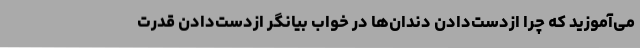
می‌آموزید که چرا ازدست‌دادن دندان‌ها در خواب بیانگر ازدست‌دادن قدرت